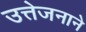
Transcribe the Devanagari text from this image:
उत्तेजनाने